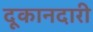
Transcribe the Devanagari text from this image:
दूकानदारी